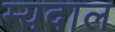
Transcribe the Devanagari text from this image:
म्यदाल